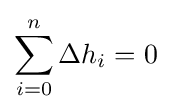
\sum _{i=0}^{n}\Delta h_{i}=0